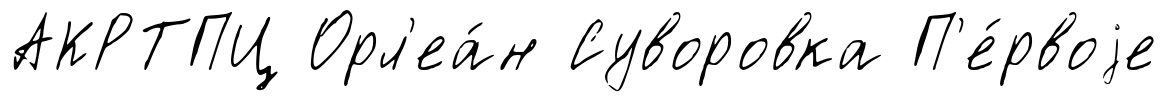
АКРТПЦ Орл'еа́н Суворовка П'е́рвоjе